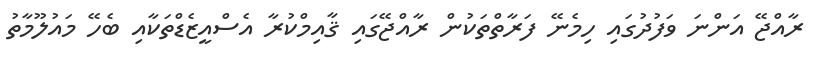
ރާއްޖޭ އަންނަ ވަފުދުގައި ހިމެނޭ ފަރާތްތަކުން ރާއްޖޭގައި ޤާއިމްކުރާ އެސްއީޒެޑްތަކާއި ބެހޭ މައުލޫމާތު